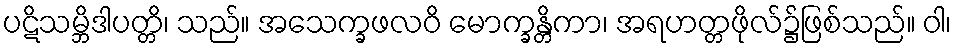
ပဋိသမ္ဘိဒါပတ္တိ၊ သည်။ အသေက္ခဖလဝိ မောက္ခန္တိကာ၊ အရဟတ္တဖိုလ်၌ဖြစ်သည်။ ဝါ၊